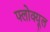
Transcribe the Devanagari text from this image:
फ्लोक्यूल